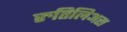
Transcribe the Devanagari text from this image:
रुतिलिअस